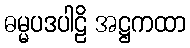
ဓမ္မပဒပါဠိ အဋ္ဌကထာ